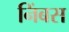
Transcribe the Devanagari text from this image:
निंबस